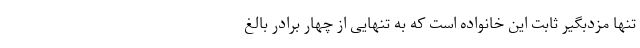
تنها مزدبگیر ثابت این خانواده است که به تنهایی از چهار برادر بالغ